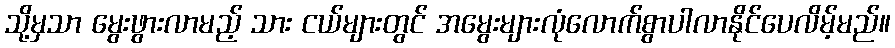
သို့မှသာ မွေးဖွားလာမည့် သား ငယ်များတွင် အမွေးများလုံလောက်စွာပါလာနိုင်ပေလိမ့်မည်။